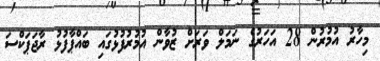
މިހާރު އުމުރުން 28 އަހަރުގެ ނަމަލް ވަރަށް ޒުވާން އުމުރުފުޅުގައި ބައްޕާފުޅު ރާޖަޕަކްސަ